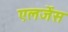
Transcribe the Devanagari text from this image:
एलर्जेंस